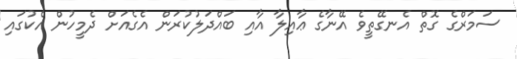
ސަމަރްގެ ގޮތް އެނގޭތީވެ އޭނާގެ ޢާއިލާ އާއި ބައްދަލުކުރަން އެގެއަށް ދެމީހުން އެކުގައި